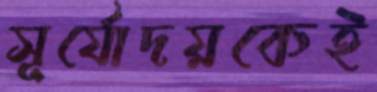
সূর্যোদয়কেই